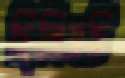
ছিলিমচি